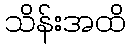
သိန်းအထိ